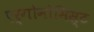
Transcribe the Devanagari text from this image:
एर्गोनोमिस्ट